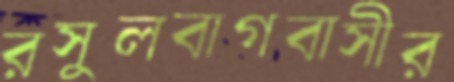
রসুলবাগবাসীর